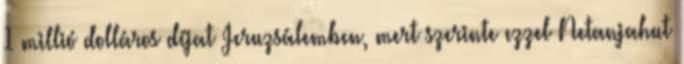
1 millió dolláros díjat Jeruzsálemben, mert szerinte ezzel Netanjahut